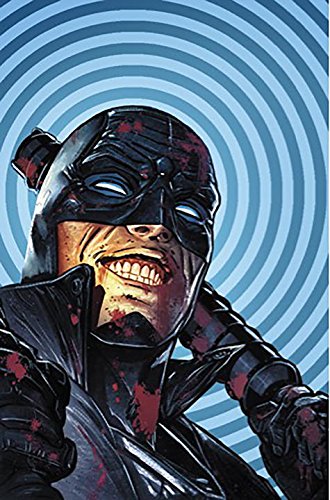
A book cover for Midnighter Vol. 1; Steve Orlando; Comics & Graphic Novels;